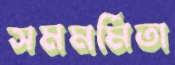
সমমর্মিতা